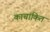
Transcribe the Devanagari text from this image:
काचांकित